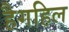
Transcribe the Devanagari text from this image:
हैगहिल